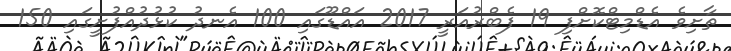
ތާށިވެ އެޑްމިޓްކޮށްފި 19 ފެބްރުއަރީ 2017 އައްޑޫގައި 100 އެނދު ކުޅުދުއްފުށީގައި 150